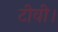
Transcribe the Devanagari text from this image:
टीवी।